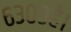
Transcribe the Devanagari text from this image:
६३०९है।